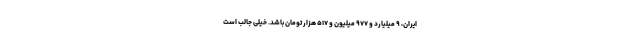
ایران، ۹ میلیارد و ۹۷۷ میلیون و ۵۱۷ هزار تومان باشد. خیلی جالب است